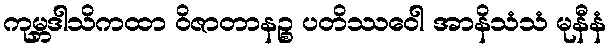
ကုမ္ဘဒါသိကထာ ဝိဇာတာနဉ္စ ပတိဿဝေါ အာနိသံသံ မုနီနံ